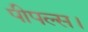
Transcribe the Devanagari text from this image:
पीपल्स।